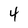
Character: 4